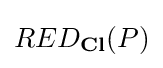
RED_{\mathbf {Cl} }(P)